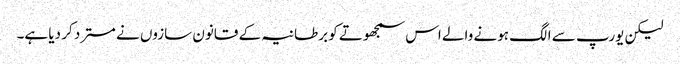
لیکن یورپ سے الگ ہونے والے اس سمجھوتے کو برطانیہ کے قانون سازوں نے مسترد کر دیا ہے۔